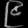
Digit: ၉